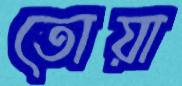
তোয়া